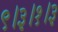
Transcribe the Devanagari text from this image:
९।३।१।३